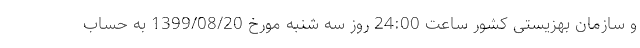
و سازمان بهزیستی کشور ساعت 24:00 روز سه شنبه مورخ 1399/08/20 به حساب